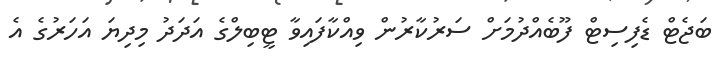
ބަޖެޓް ޑެފިސިޓް ފޫބެއްދުމަށް ސަރުކާރުން ވިއްކާފައިވާ ޓީބިލްގެ އަދަދު މިދިޔަ އަހަރުގެ އެ